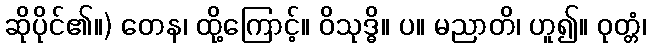
ဆိုပိုင်၏။) တေန၊ ထို့ကြောင့်။ ဝိသုဒ္ဓိ။ ပ။ မညာတိ၊ ဟူ၍။ ဝုတ္တံ၊